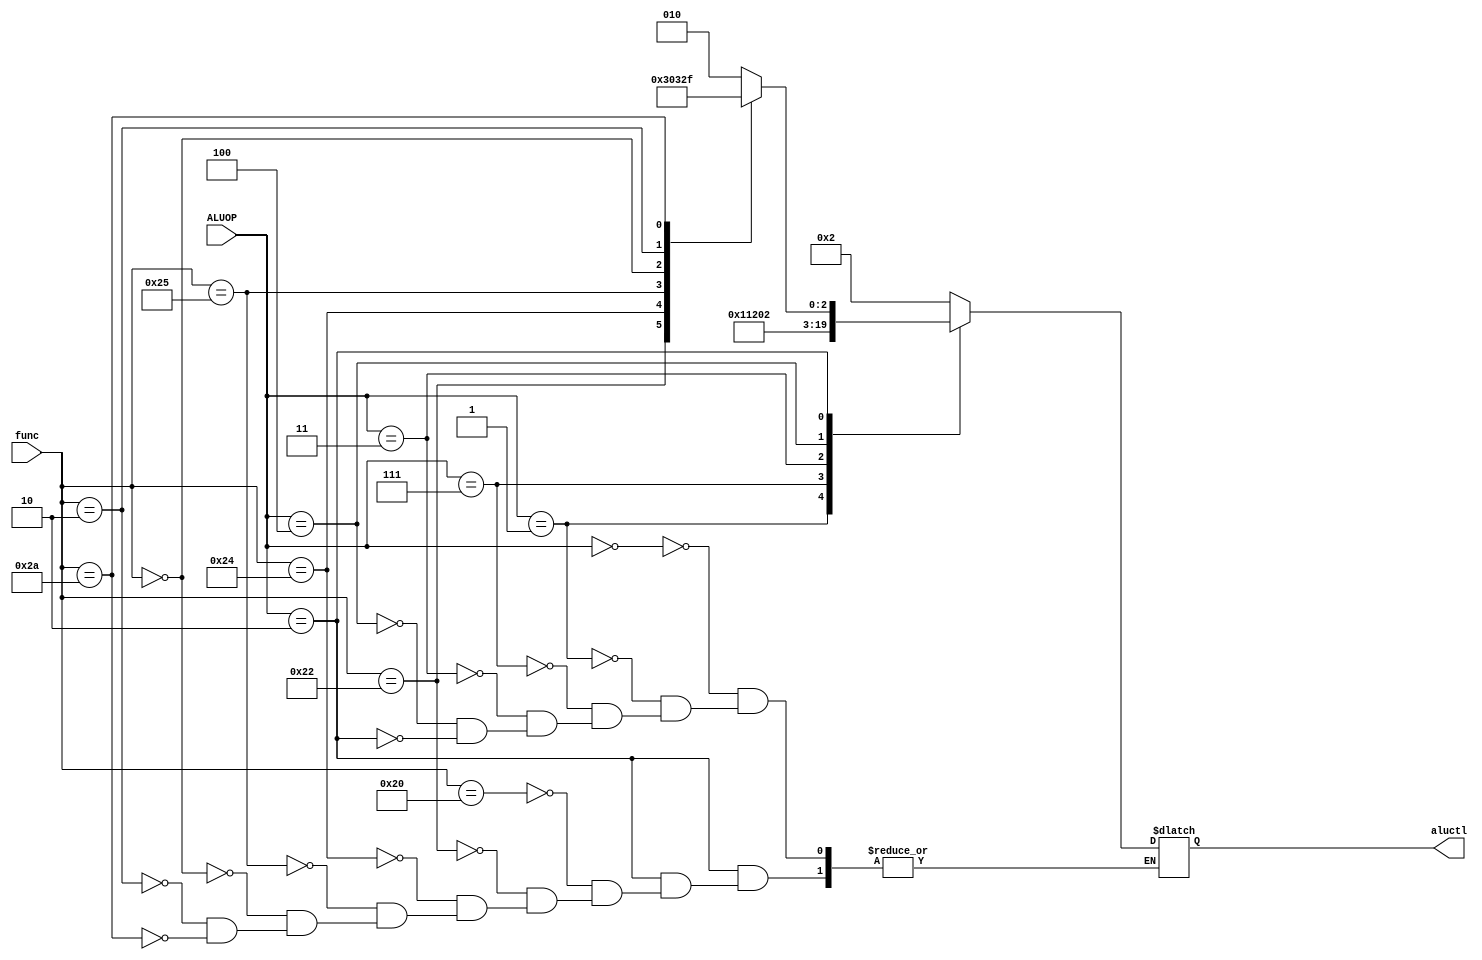
module alu_control(func, ALUOP, aluctl);

input [5:0] func;
input [2:0] ALUOP;

output [3:0] aluctl;
reg [3:0] aluctl=0;

    parameter F_add = 6'd32;
    parameter F_sub = 6'd34;
    parameter F_and = 6'd36;
    parameter F_or  = 6'd37;
   parameter F_sll = 6'd0;
   parameter F_srl = 6'd2;
    parameter F_slt = 6'd42;

    parameter ALU_add = 4'b0010;
    parameter ALU_sub = 4'b0110;
    parameter ALU_and = 4'b0000;
    parameter ALU_or  = 4'b0001;
   parameter ALU_sll = 4'b0100;
   parameter ALU_srl = 4'b0101;
    parameter ALU_slt = 4'b0111;
   parameter ALU_beq = 4'b1000;
   parameter ALU_bne = 4'b1001;

    always @(ALUOP or func)
    begin
        case (ALUOP) 
            3'b000 : aluctl = ALU_add;
            3'b001 : aluctl = ALU_beq;
        3'b111 : aluctl = ALU_bne;
        3'b011 : aluctl = ALU_and;
        3'b100 : aluctl = ALU_or;
            3'b010 : case (func) 
                        F_add : aluctl = ALU_add;
                        F_sub : aluctl = ALU_sub;
                        F_and : aluctl = ALU_and;
                        F_or  : aluctl = ALU_or;
                        F_sll : aluctl = ALU_sll;
                        F_srl : aluctl = ALU_srl;
                        F_slt : aluctl = ALU_slt;
                    endcase
        endcase
    end
   
   

endmodule